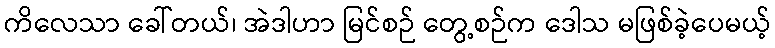
ကိလေသာ ခေါ်တယ်၊ အဲဒါဟာ မြင်စဉ် တွေ့စဉ်က ဒေါသ မဖြစ်ခဲ့ပေမယ့်